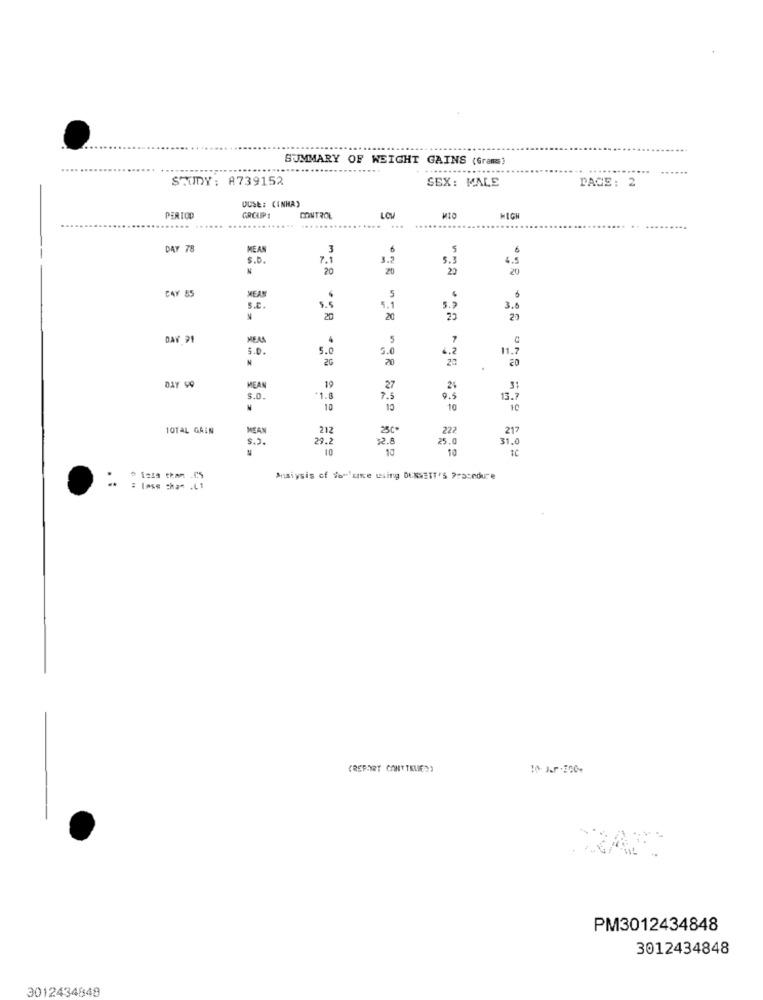
SUMMARY OF WEIGHT GAINS (Grams)
.......
STUDY: A739152
SEX: MALE
PACE: 2
DUSE: (INHA)
PERIOD
GRCLIP!
CONTROL
LOV
HIGH
...
DAY 78
MEAN
3
5
6
S.D.
7.1
3.2
5.3
4.5
20
20
23
20
CAY 55
MEAN
5.5
5
6
s.c.
5.1
5.9
3.8
20
20
25
20
DAY 91
5
5.0
5.0
5.0
11.7
N
20
20
23
20
DAY 99
MEAN
19
27
24
31
$.o.
1.
7.5
9.4
13.7
10
10
10
10
10TAL GAIN
MEAN
212
25c*
222
217
5.2.
29.2
32.8
25.0
31.
10
10
10
@ 1229 thAn LC'S
Analysis of Vonfuite using DENNETT'S Procedure
: loss :ha* . (1
(REPORT CONTTRUE))
PM3012434848
3012434848
3012434848